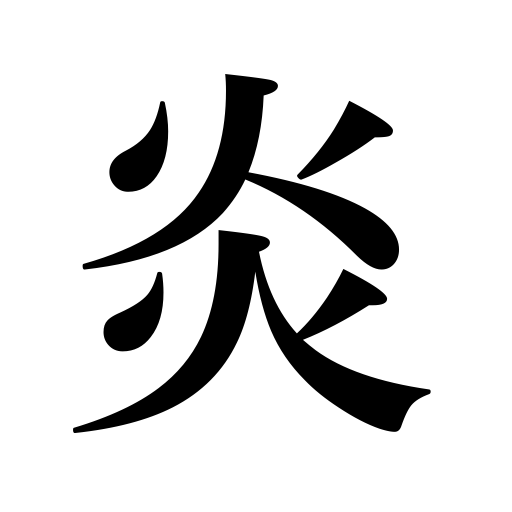
Meanings: inflammation,blaze,flame